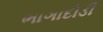
ભાગાદોડી